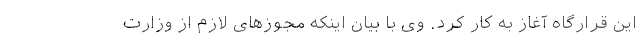
این قرارگاه آغاز به کار کرد. وی با بیان اینکه مجوزهای لازم از وزارت